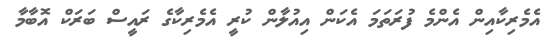
އެމެރިކާއިން އެންމެ ފުރަތަމަ އެކަން އިއުލާން ކުރީ އެމެރިކާގެ ރައީސް ބަރަކް އޮބާމާ